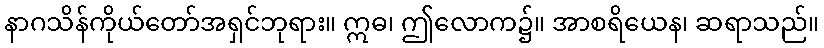
နာဂသိန်ကိုယ်တော်အရှင်ဘုရား။ ဣဓ၊ ဤလောက၌။ အာစရိယေန၊ ဆရာသည်။